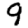
Digit: 9